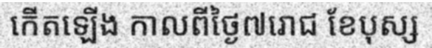
កើតឡើង កាលពីថ្ងៃ៧រោជ ខែបុស្ស